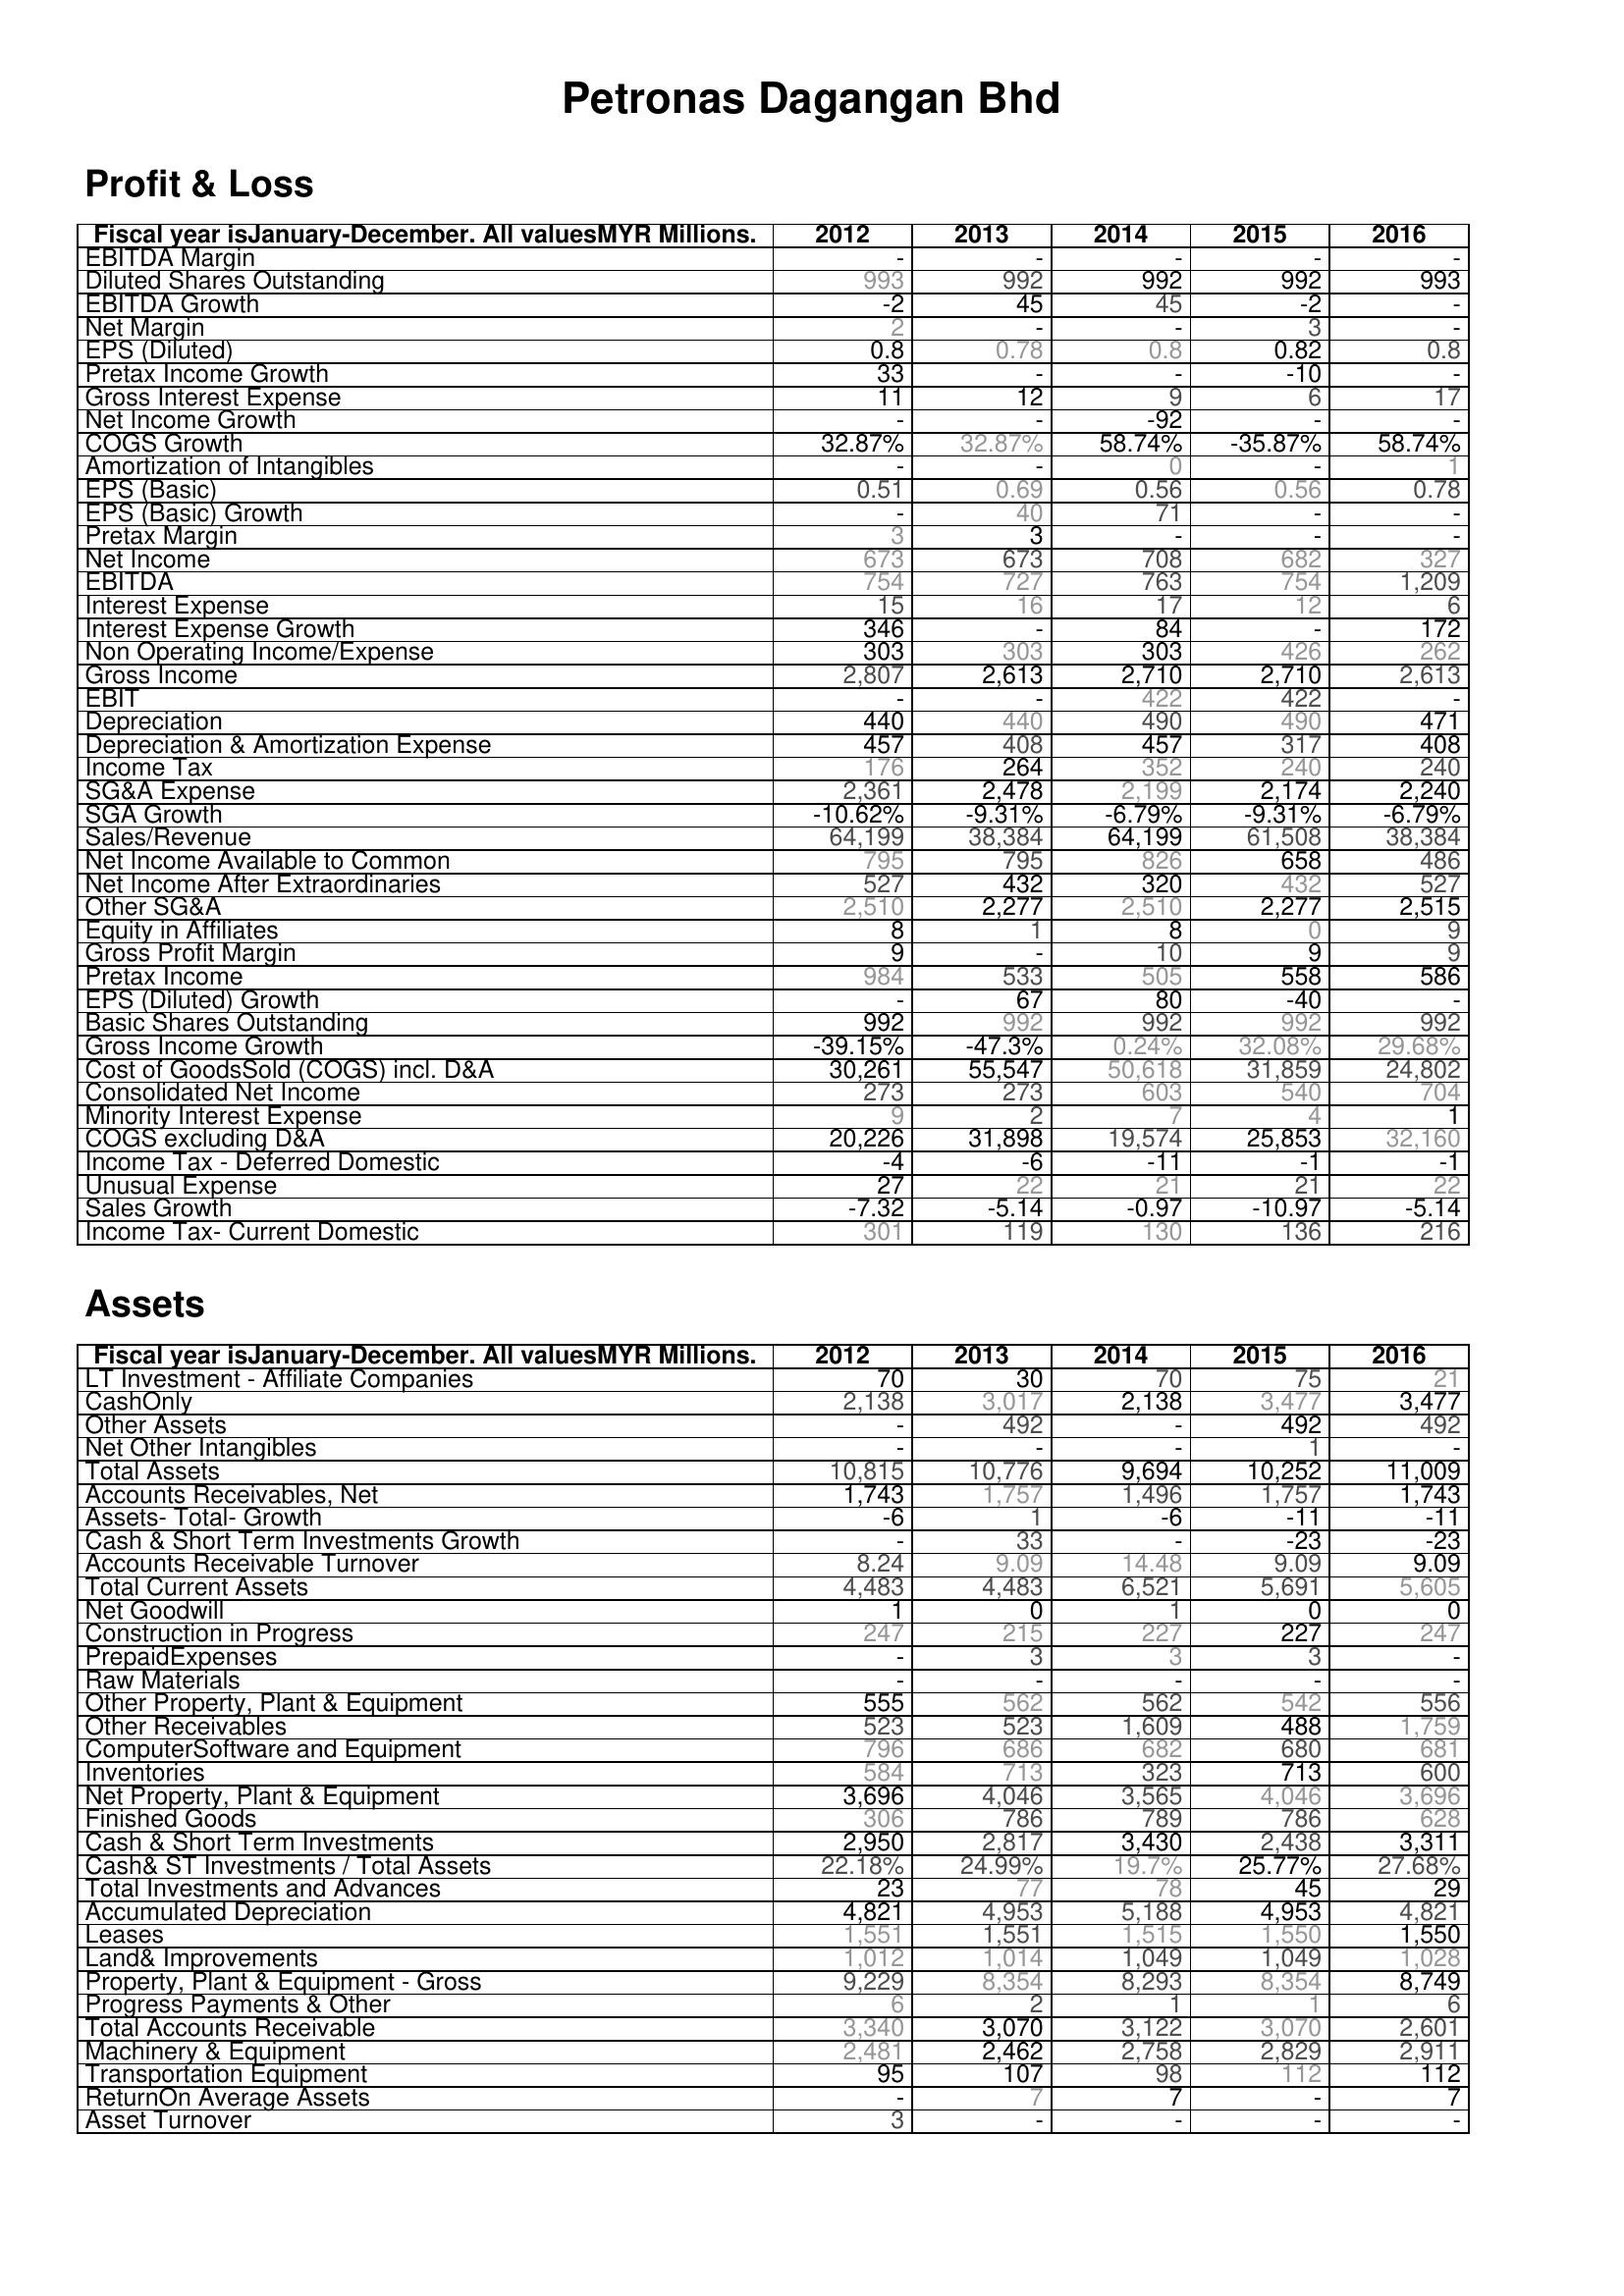
2012: Profit & Loss: EBITDA Margin: -
Diluted Shares Outstanding: 993
EBITDA Growth: -2
Net Margin: 2
EPS (Diluted): 0.8
Pretax Income Growth: 33
Gross Interest Expense: 11
Net Income Growth: -
COGS Growth: 32.87%
Amortization of Intangibles: -
EPS (Basic): 0.51
EPS (Basic) Growth: -
Pretax Margin: 3
Net Income: 673
EBITDA: 754
Interest Expense: 15
Interest Expense Growth: 346
Non Operating Income/Expense: 303
Gross Income: 2,807
EBIT: -
Depreciation: 440
Depreciation & Amortization Expense: 457
Income Tax: 176
SG&A Expense: 2,361
SGA Growth: -10.62%
Sales/Revenue: 64,199
Net Income Available to Common: 795
Net Income After Extraordinaries: 527
Other SG&A: 2,510
Equity in Affiliates: 8
Gross Profit Margin: 9
Pretax Income: 984
EPS (Diluted) Growth: -
Basic Shares Outstanding: 992
Gross Income Growth: -39.15%
Cost of GoodsSold (COGS) incl. D&A: 30,261
Consolidated Net Income: 273
Minority Interest Expense: 9
COGS excluding D&A: 20,226
Income Tax - Deferred Domestic: -4
Unusual Expense: 27
Sales Growth: -7.32
Income Tax- Current Domestic: 301
Assets: LT Investment - Affiliate Companies: 70
CashOnly: 2,138
Other Assets: -
Net Other Intangibles: -
Total Assets: 10,815
Accounts Receivables, Net: 1,743
Assets- Total- Growth: -6
Cash & Short Term Investments Growth: -
Accounts Receivable Turnover: 8.24
Total Current Assets: 4,483
Net Goodwill: 1
Construction in Progress: 247
PrepaidExpenses: -
Raw Materials: -
Other Property, Plant & Equipment: 555
Other Receivables: 523
ComputerSoftware and Equipment: 796
Inventories: 584
Net Property, Plant & Equipment: 3,696
Finished Goods: 306
Cash & Short Term Investments: 2,950
Cash& ST Investments / Total Assets: 22.18%
Total Investments and Advances: 23
Accumulated Depreciation: 4,821
Leases: 1,551
Land& Improvements: 1,012
Property, Plant & Equipment - Gross : 9,229
Progress Payments & Other: 6
Total Accounts Receivable: 3,340
Machinery & Equipment: 2,481
Transportation Equipment: 95
ReturnOn Average Assets: -
Asset Turnover: 3
2013: Profit & Loss: EBITDA Margin: -
Diluted Shares Outstanding: 992
EBITDA Growth: 45
Net Margin: -
EPS (Diluted): 0.78
Pretax Income Growth: -
Gross Interest Expense: 12
Net Income Growth: -
COGS Growth: 32.87%
Amortization of Intangibles: -
EPS (Basic): 0.69
EPS (Basic) Growth: 40
Pretax Margin: 3
Net Income: 673
EBITDA: 727
Interest Expense: 16
Interest Expense Growth: -
Non Operating Income/Expense: 303
Gross Income: 2,613
EBIT: -
Depreciation: 440
Depreciation & Amortization Expense: 408
Income Tax: 264
SG&A Expense: 2,478
SGA Growth: -9.31%
Sales/Revenue: 38,384
Net Income Available to Common: 795
Net Income After Extraordinaries: 432
Other SG&A: 2,277
Equity in Affiliates: 1
Gross Profit Margin: -
Pretax Income: 533
EPS (Diluted) Growth: 67
Basic Shares Outstanding: 992
Gross Income Growth: -47.3%
Cost of GoodsSold (COGS) incl. D&A: 55,547
Consolidated Net Income: 273
Minority Interest Expense: 2
COGS excluding D&A: 31,898
Income Tax - Deferred Domestic: -6
Unusual Expense: 22
Sales Growth: -5.14
Income Tax- Current Domestic: 119
Assets: LT Investment - Affiliate Companies: 30
CashOnly: 3,017
Other Assets: 492
Net Other Intangibles: -
Total Assets: 10,776
Accounts Receivables, Net: 1,757
Assets- Total- Growth: 1
Cash & Short Term Investments Growth: 33
Accounts Receivable Turnover: 9.09
Total Current Assets: 4,483
Net Goodwill: 0
Construction in Progress: 215
PrepaidExpenses: 3
Raw Materials: -
Other Property, Plant & Equipment: 562
Other Receivables: 523
ComputerSoftware and Equipment: 686
Inventories: 713
Net Property, Plant & Equipment: 4,046
Finished Goods: 786
Cash & Short Term Investments: 2,817
Cash& ST Investments / Total Assets: 24.99%
Total Investments and Advances: 77
Accumulated Depreciation: 4,953
Leases: 1,551
Land& Improvements: 1,014
Property, Plant & Equipment - Gross : 8,354
Progress Payments & Other: 2
Total Accounts Receivable: 3,070
Machinery & Equipment: 2,462
Transportation Equipment: 107
ReturnOn Average Assets: 7
Asset Turnover: -
2014: Profit & Loss: EBITDA Margin: -
Diluted Shares Outstanding: 992
EBITDA Growth: 45
Net Margin: -
EPS (Diluted): 0.8
Pretax Income Growth: -
Gross Interest Expense: 9
Net Income Growth: -92
COGS Growth: 58.74%
Amortization of Intangibles: 0
EPS (Basic): 0.56
EPS (Basic) Growth: 71
Pretax Margin: -
Net Income: 708
EBITDA: 763
Interest Expense: 17
Interest Expense Growth: 84
Non Operating Income/Expense: 303
Gross Income: 2,710
EBIT: 422
Depreciation: 490
Depreciation & Amortization Expense: 457
Income Tax: 352
SG&A Expense: 2,199
SGA Growth: -6.79%
Sales/Revenue: 64,199
Net Income Available to Common: 826
Net Income After Extraordinaries: 320
Other SG&A: 2,510
Equity in Affiliates: 8
Gross Profit Margin: 10
Pretax Income: 505
EPS (Diluted) Growth: 80
Basic Shares Outstanding: 992
Gross Income Growth: 0.24%
Cost of GoodsSold (COGS) incl. D&A: 50,618
Consolidated Net Income: 603
Minority Interest Expense: 7
COGS excluding D&A: 19,574
Income Tax - Deferred Domestic: -11
Unusual Expense: 21
Sales Growth: -0.97
Income Tax- Current Domestic: 130
Assets: LT Investment - Affiliate Companies: 70
CashOnly: 2,138
Other Assets: -
Net Other Intangibles: -
Total Assets: 9,694
Accounts Receivables, Net: 1,496
Assets- Total- Growth: -6
Cash & Short Term Investments Growth: -
Accounts Receivable Turnover: 14.48
Total Current Assets: 6,521
Net Goodwill: 1
Construction in Progress: 227
PrepaidExpenses: 3
Raw Materials: -
Other Property, Plant & Equipment: 562
Other Receivables: 1,609
ComputerSoftware and Equipment: 682
Inventories: 323
Net Property, Plant & Equipment: 3,565
Finished Goods: 789
Cash & Short Term Investments: 3,430
Cash& ST Investments / Total Assets: 19.7%
Total Investments and Advances: 78
Accumulated Depreciation: 5,188
Leases: 1,515
Land& Improvements: 1,049
Property, Plant & Equipment - Gross : 8,293
Progress Payments & Other: 1
Total Accounts Receivable: 3,122
Machinery & Equipment: 2,758
Transportation Equipment: 98
ReturnOn Average Assets: 7
Asset Turnover: -
2015: Profit & Loss: EBITDA Margin: -
Diluted Shares Outstanding: 992
EBITDA Growth: -2
Net Margin: 3
EPS (Diluted): 0.82
Pretax Income Growth: -10
Gross Interest Expense: 6
Net Income Growth: -
COGS Growth: -35.87%
Amortization of Intangibles: -
EPS (Basic): 0.56
EPS (Basic) Growth: -
Pretax Margin: -
Net Income: 682
EBITDA: 754
Interest Expense: 12
Interest Expense Growth: -
Non Operating Income/Expense: 426
Gross Income: 2,710
EBIT: 422
Depreciation: 490
Depreciation & Amortization Expense: 317
Income Tax: 240
SG&A Expense: 2,174
SGA Growth: -9.31%
Sales/Revenue: 61,508
Net Income Available to Common: 658
Net Income After Extraordinaries: 432
Other SG&A: 2,277
Equity in Affiliates: 0
Gross Profit Margin: 9
Pretax Income: 558
EPS (Diluted) Growth: -40
Basic Shares Outstanding: 992
Gross Income Growth: 32.08%
Cost of GoodsSold (COGS) incl. D&A: 31,859
Consolidated Net Income: 540
Minority Interest Expense: 4
COGS excluding D&A: 25,853
Income Tax - Deferred Domestic: -1
Unusual Expense: 21
Sales Growth: -10.97
Income Tax- Current Domestic: 136
Assets: LT Investment - Affiliate Companies: 75
CashOnly: 3,477
Other Assets: 492
Net Other Intangibles: 1
Total Assets: 10,252
Accounts Receivables, Net: 1,757
Assets- Total- Growth: -11
Cash & Short Term Investments Growth: -23
Accounts Receivable Turnover: 9.09
Total Current Assets: 5,691
Net Goodwill: 0
Construction in Progress: 227
PrepaidExpenses: 3
Raw Materials: -
Other Property, Plant & Equipment: 542
Other Receivables: 488
ComputerSoftware and Equipment: 680
Inventories: 713
Net Property, Plant & Equipment: 4,046
Finished Goods: 786
Cash & Short Term Investments: 2,438
Cash& ST Investments / Total Assets: 25.77%
Total Investments and Advances: 45
Accumulated Depreciation: 4,953
Leases: 1,550
Land& Improvements: 1,049
Property, Plant & Equipment - Gross : 8,354
Progress Payments & Other: 1
Total Accounts Receivable: 3,070
Machinery & Equipment: 2,829
Transportation Equipment: 112
ReturnOn Average Assets: -
Asset Turnover: -
2016: Profit & Loss: EBITDA Margin: -
Diluted Shares Outstanding: 993
EBITDA Growth: -
Net Margin: -
EPS (Diluted): 0.8
Pretax Income Growth: -
Gross Interest Expense: 17
Net Income Growth: -
COGS Growth: 58.74%
Amortization of Intangibles: 1
EPS (Basic): 0.78
EPS (Basic) Growth: -
Pretax Margin: -
Net Income: 327
EBITDA: 1,209
Interest Expense: 6
Interest Expense Growth: 172
Non Operating Income/Expense: 262
Gross Income: 2,613
EBIT: -
Depreciation: 471
Depreciation & Amortization Expense: 408
Income Tax: 240
SG&A Expense: 2,240
SGA Growth: -6.79%
Sales/Revenue: 38,384
Net Income Available to Common: 486
Net Income After Extraordinaries: 527
Other SG&A: 2,515
Equity in Affiliates: 9
Gross Profit Margin: 9
Pretax Income: 586
EPS (Diluted) Growth: -
Basic Shares Outstanding: 992
Gross Income Growth: 29.68%
Cost of GoodsSold (COGS) incl. D&A: 24,802
Consolidated Net Income: 704
Minority Interest Expense: 1
COGS excluding D&A: 32,160
Income Tax - Deferred Domestic: -1
Unusual Expense: 22
Sales Growth: -5.14
Income Tax- Current Domestic: 216
Assets: LT Investment - Affiliate Companies: 21
CashOnly: 3,477
Other Assets: 492
Net Other Intangibles: -
Total Assets: 11,009
Accounts Receivables, Net: 1,743
Assets- Total- Growth: -11
Cash & Short Term Investments Growth: -23
Accounts Receivable Turnover: 9.09
Total Current Assets: 5,605
Net Goodwill: 0
Construction in Progress: 247
PrepaidExpenses: -
Raw Materials: -
Other Property, Plant & Equipment: 556
Other Receivables: 1,759
ComputerSoftware and Equipment: 681
Inventories: 600
Net Property, Plant & Equipment: 3,696
Finished Goods: 628
Cash & Short Term Investments: 3,311
Cash& ST Investments / Total Assets: 27.68%
Total Investments and Advances: 29
Accumulated Depreciation: 4,821
Leases: 1,550
Land& Improvements: 1,028
Property, Plant & Equipment - Gross : 8,749
Progress Payments & Other: 6
Total Accounts Receivable: 2,601
Machinery & Equipment: 2,911
Transportation Equipment: 112
ReturnOn Average Assets: 7
Asset Turnover: -